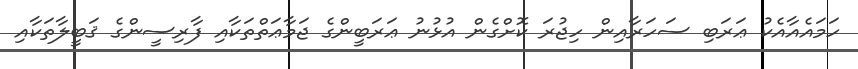
ހަމައެއާއެކު ޢަރަބި ސަހަރާއިން ހިޖުރަ ކޮށްގެން އުޅުނު ޢަރަބީންގެ ޖަމާޢަތްތަކާއި ފާރިސީންގެ ޤަބީލާތަކާއި